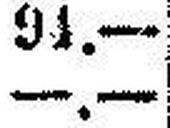
—.—